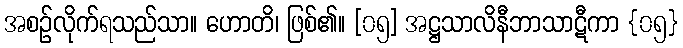
အစဉ်လိုက်ရသည်သာ။ ဟောတိ၊ ဖြစ်၏။ [၀၅] အဋ္ဌသာလိနီဘာသာဋီကာ {၀၅}